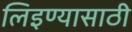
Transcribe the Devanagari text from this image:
लिइण्यासाठी